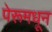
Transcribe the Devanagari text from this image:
पेरूमधून